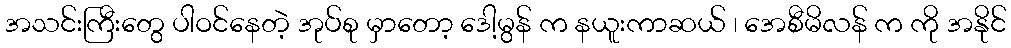
အသင်းကြီးတွေ ပါဝင်နေတဲ့ အုပ်စု မှာတော့ ဒေါ့မွန် က နယူးကာဆယ် ၊ အေစီမိလန် က ကို အနိုင်